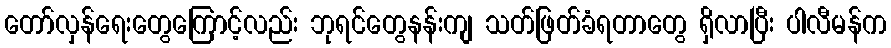
တော်လှန်ရေးတွေကြောင့်လည်း ဘုရင်တွေနန်းကျ သတ်ဖြတ်ခံရတာတွေ ရှိလာပြီး ပါလီမန်က